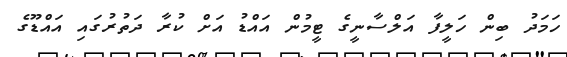
ހަމަދު ބިން ހަލީފާ އަލްސާނީގެ ޓީމުން އައްޑު އަށް ކުރާ ދަތުރުގައި އައްޑޫގެ